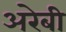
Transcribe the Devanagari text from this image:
अरेबी